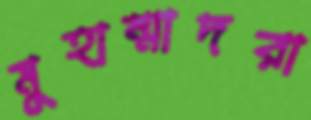
মুহাম্মাদরা